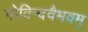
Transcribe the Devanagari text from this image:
गोविन्दवैभवम्